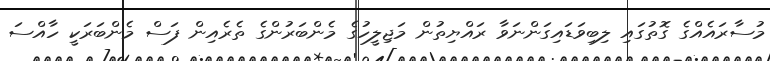
މުސާރައެއްގެ ގޮތުގައި ލިބިވަޑައިގަންނަވާ ރައްޔިތުން މަޖިލީހުގެ މެންބަރުންގެ ތެރެއިން ފަސް މެންބަރަކީ ހާއްސަ